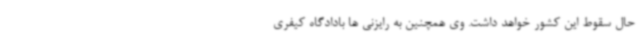
حال سقوط این کشور خواهد داشت. وی همچنین به رایزنی ها بادادگاه کیفری